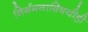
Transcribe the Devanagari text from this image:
निर्गमनाविषयीही